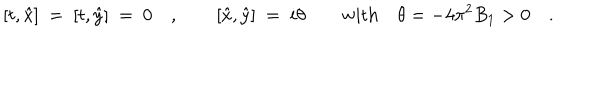
[ t , \hat { x } ] \ = \ [ t , \hat { y } ] \ = \ 0 \quad , \qquad [ \hat { x } , \hat { y } ] \ = \ i \theta \qquad \textrm { w i t h } \quad \theta = - 4 \pi ^ { 2 } B _ { 1 } > 0 \quad .